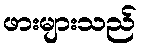
ဖားများသည်